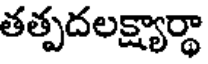
తత్పదలక్ష్యార్థా